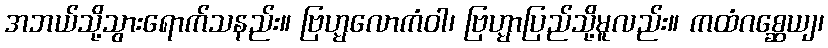
အဘယ်သို့သွားရောက်သနည်း။ ဗြဟ္မလောကံဝါ၊ ဗြဟ္မာပြည်သို့မူလည်း။ ကထံဂစ္ဆေယျ၊